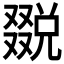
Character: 𠮄